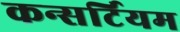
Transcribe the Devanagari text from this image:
कन्सर्टियम